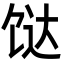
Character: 𩠅